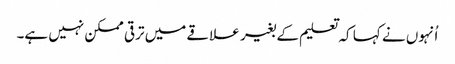
اُنہوں نے کہا کہ تعلیم کے بغیر علاقے میں ترقی ممکن نہیں ہے۔